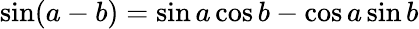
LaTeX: \sin(a-b)=\sin a\cos b-\cos a\sin b